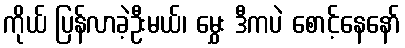
ကိုယ် ပြန်လာခဲ့ဦးမယ်၊ မွှေး ဒီကပဲ စောင့်နေနော်